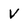
Character: V